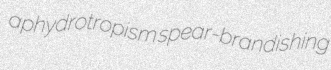
aphydrotropism spear-brandishing